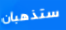
ستذهبان